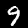
Label: 9